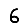
Digit: 6